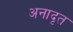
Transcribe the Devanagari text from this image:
अनादृत